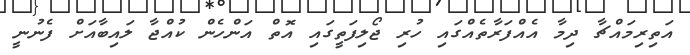
އަތިރިމައްޗާ ދިމާ އެއްފަރާތެއްގައި ހުރި ޖޯލިފަތީގައި އޮތް އަންހެން ކުއްޖާ ލައިބާއަށް ފެނުނީ